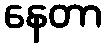
နေတာ